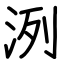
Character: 洌